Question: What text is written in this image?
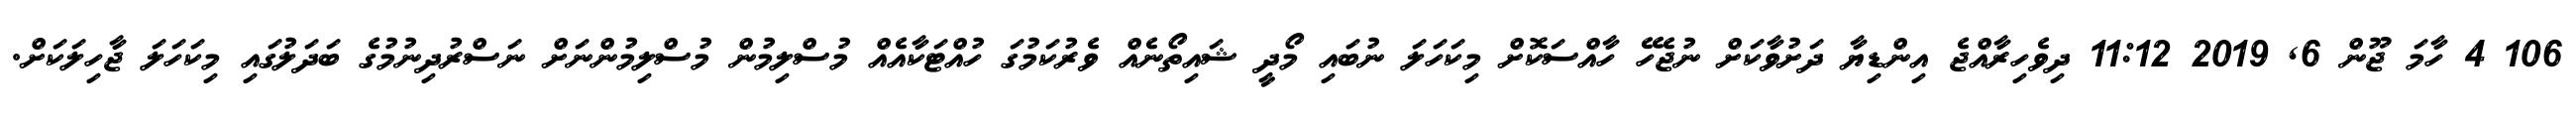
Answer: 106 4 ހާމަ ޖޫން 6, 2019 11:12 ދިވެހިރާއްޖެ އިންޑިޔާ ދަށުވާކަށް ނުޖެހޭ ހާއްސަކޮށް މިކަހަލަ ނުބައި މޯދީ ޝައިތޯނެއް ވެރުކަމުގަ ހުއްޓަކާއެއް މުސްލިމުން މުސްލިމުންނަށް ނަސްރުދިނުމުގެ ބަދަލުގައި މިކަހަލަ ޖާހިލަކަށް.